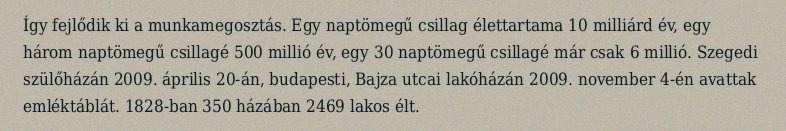
Így fejlődik ki a munkamegosztás. Egy naptömegű csillag élettartama 10 milliárd év, egy három naptömegű csillagé 500 millió év, egy 30 naptömegű csillagé már csak 6 millió. Szegedi szülőházán 2009. április 20-án, budapesti, Bajza utcai lakóházán 2009. november 4-én avattak emléktáblát. 1828-ban 350 házában 2469 lakos élt.